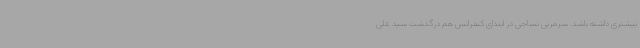
بیشتری داشته باشد. سرمربی نساجی در ابتدای کنفرانس هم درگذشت سید علی